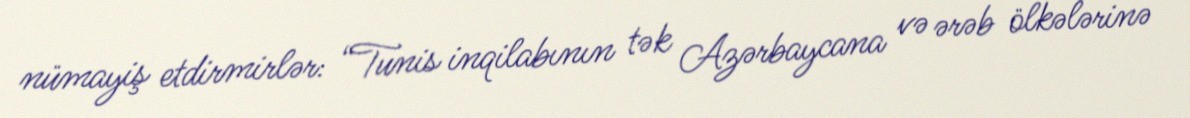
nümayiş etdirmirlər: “Tunis inqilabının tək Azərbaycana və ərəb ölkələrinə